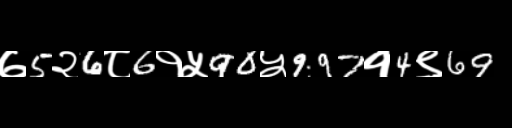
Text: ७5२6८6१५90५997१4९69